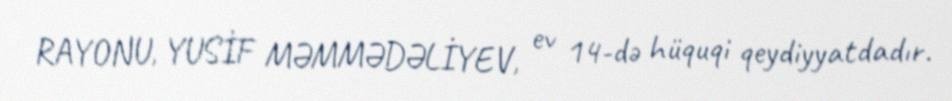
RAYONU, YUSİF MƏMMƏDƏLİYEV, ev 14-də hüquqi qeydiyyatdadır.